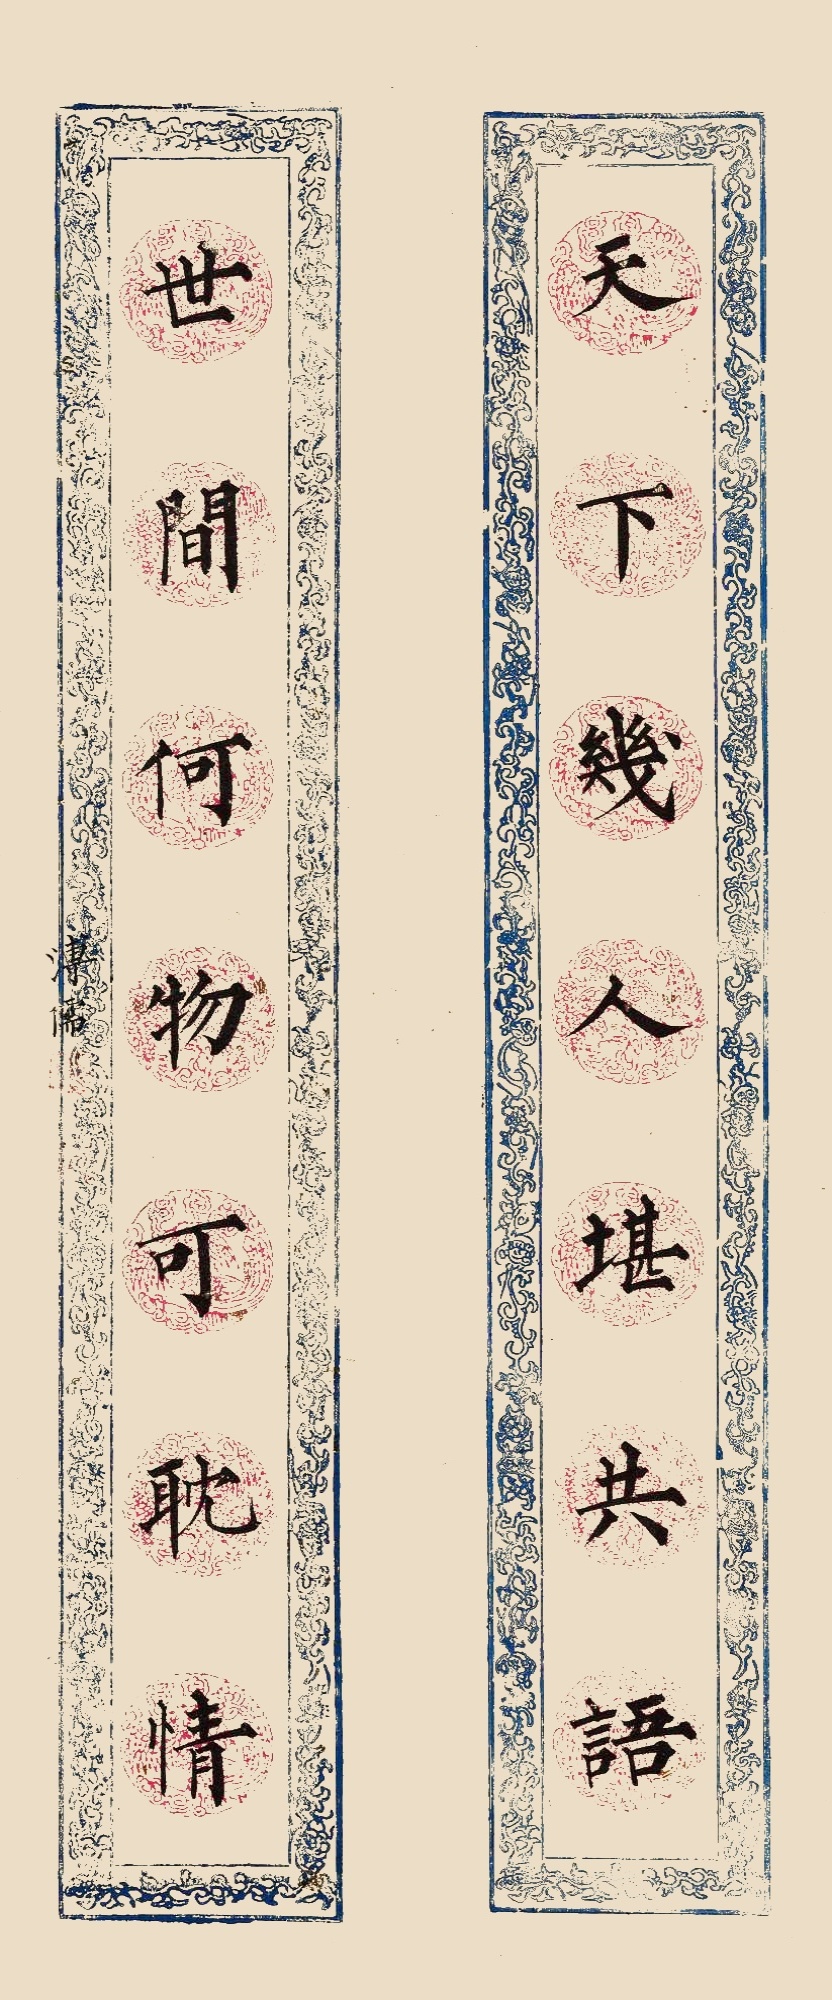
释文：天下几人堪共语，世间何物可耽情。溥儒。